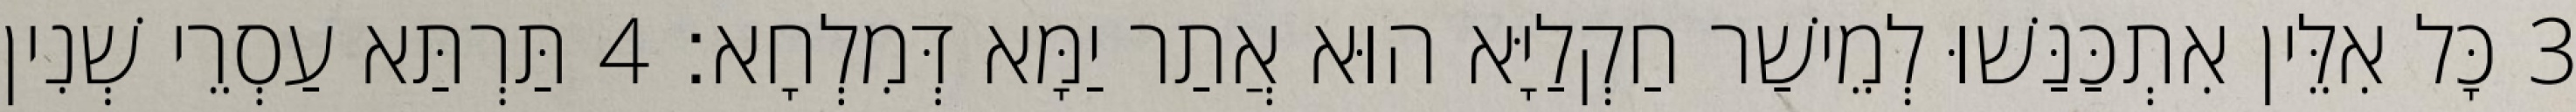
3 כָּל אִלֵּין אִתְכַּנַּשׁוּ לְמֵישַׁר חַקְלַיָּא הוּא אֲתַר יַמָּא דְּמִלְחָא׃ 4 תַּרְתַּא עַסְרֵי שְׁנִין